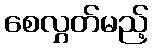
စေလွှတ်မည့်